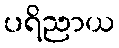
ပရိညာယ